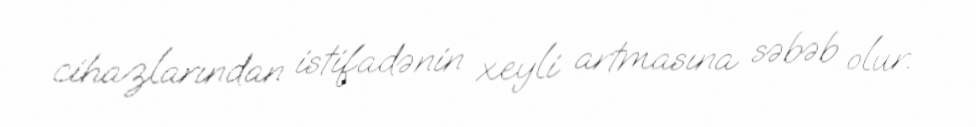
cihazlarından istifadənin xeyli artmasına səbəb olur.